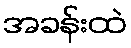
အခန်းထဲ